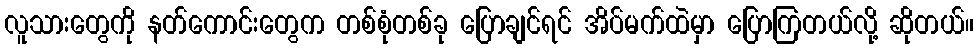
လူသားတွေကို နတ်ကောင်းတွေက တစ်စုံတစ်ခု ပြောချင်ရင် အိပ်မက်ထဲမှာ ပြောကြတယ်လို့ ဆိုတယ်။